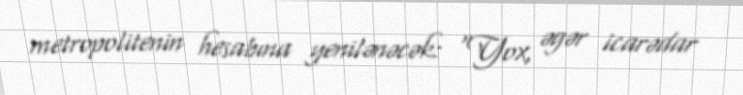
metropolitenin hesabına yenilənəcək: “Yox, əgər icarədar